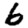
Digit: 6